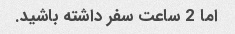
اما 2 ساعت سفر داشته باشید.